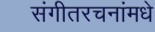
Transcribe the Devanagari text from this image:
संगीतरचनांमधे